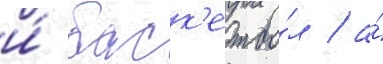
и́ баск'етбо́л / а́